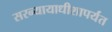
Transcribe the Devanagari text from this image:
सरन्यायाधीशापर्यंत